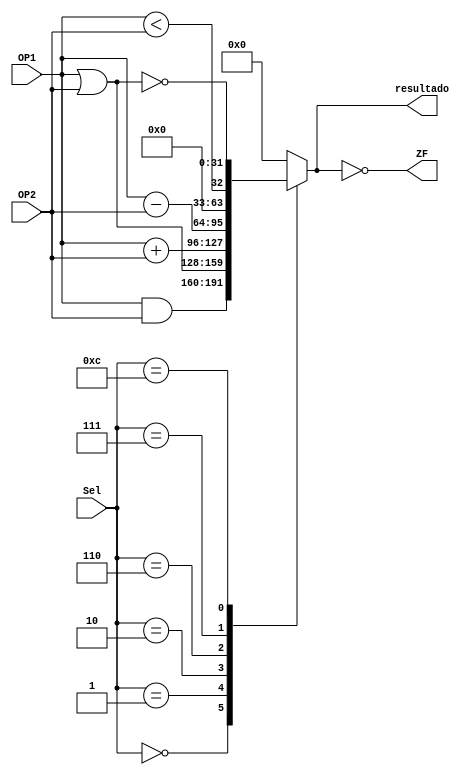
module ALU (
    input [31:0]OP1,  //Operando 01
    input [31:0]OP2, //Operando 02
    input [3:0]Sel, //Selector 
    output ZF, //Zero Flag
    output reg[31:0]resultado //Resultado
);
    
always @(*) begin //Dependiendo del codigo que reciba del ALUcontrol es la operacion que se realizara
    case (Sel)
        4'b0000:  //Operacion AND
        resultado = OP1 & OP2;
        4'b0001:  //Operacion OR
        resultado = OP1 | OP2;
        4'b0010: //Operacion Suma
        resultado = OP1 + OP2;
        4'b0110:  //Operacion Resta 
        resultado = OP1 - OP2;
        4'b0111: // Operacion SLT
        resultado = (OP1 < OP2);
        4'b1100: //Operacion NOR
        resultado = ~(OP1 | OP2);
        default:
        resultado = 32'd0;
    endcase
end

assign ZF = (resultado == 0); //Zero flag que se activa (1) cuando el resultado de la ALU es 0

endmodule